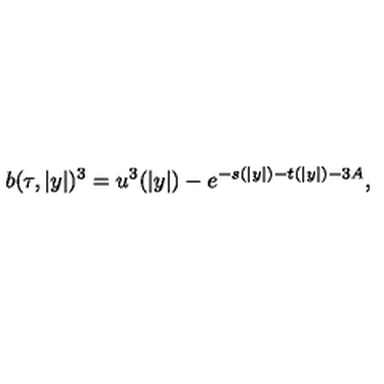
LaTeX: b ( \tau , | y | ) ^ { 3 } = u ^ { 3 } ( | y | ) - e ^ { - s ( | y | ) - t ( | y | ) - 3 A } ,